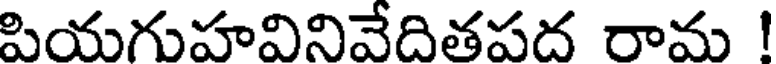
పియగుహవినివేదితపద రామ !